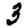
Digit: 3